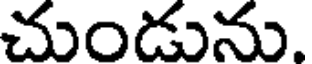
చుండును.